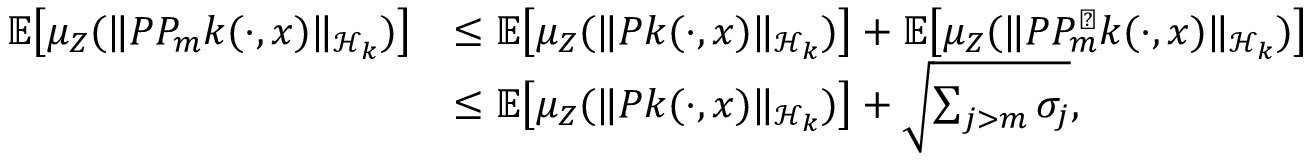
\begin{array} { r l } { \mathbb { E } \! \left[ \mu _ { Z } ( \lVert P P _ { m } k ( \cdot , x ) \rVert _ { \mathcal { H } _ { k } } ) \right] } & { \le \mathbb { E } \! \left[ \mu _ { Z } ( \lVert P k ( \cdot , x ) \rVert _ { \mathcal { H } _ { k } } ) \right] + \mathbb { E } \! \left[ \mu _ { Z } ( \lVert P P _ { m } ^ { \perp } k ( \cdot , x ) \rVert _ { \mathcal { H } _ { k } } ) \right] } \\ & { \le \mathbb { E } \! \left[ \mu _ { Z } ( \lVert P k ( \cdot , x ) \rVert _ { \mathcal { H } _ { k } } ) \right] + \sqrt { \sum _ { j > m } \sigma _ { j } } , } \end{array}